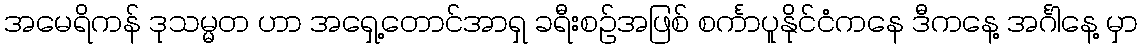
အမေရိကန် ဒုသမ္မတ ဟာ အရှေ့တောင်အာရှ ခရီးစဉ်အဖြစ် စင်္ကာပူနိုင်ငံကနေ ဒီကနေ့ အင်္ဂါနေ့ မှာ